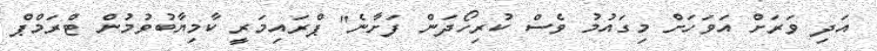
އަދި ވަރަށް އަވަހަށް މިގައުމު ވެސް ކުރިހޯދަން ފަށާނެ" ޕްރައިމަރީ ކާމިޔާބުވުމުން ޓްރަމްޕް